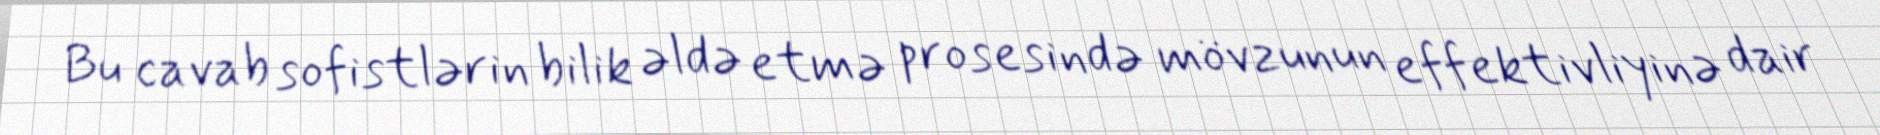
Bu cavab sofistlərin bilik əldə etmə prosesində mövzunun effektivliyinə dair